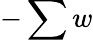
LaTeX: -\sum w